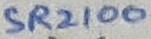
Text: SR2100